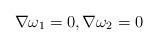
LaTeX: \begin{gather*}\nabla \omega_1=0, \nabla \omega_2=0\end{gather*}